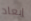
إبعاد